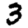
Digit: 3